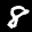
Label: 8